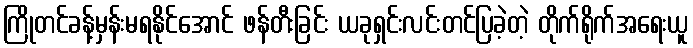
ကြိုတင်ခန့်မှန်းမရနိုင်အောင် ဖန်တီးခြင်း ယခုရှင်းလင်းတင်ပြခဲ့တဲ့ တိုက်ရိုက်အရေးယူ